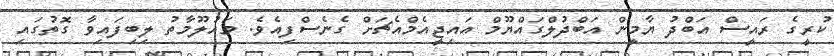
ކުރީގެ ރައީސް އަބްދު ޔާމީން އަބްދުލްގައްޔޫމް އައިޖީއެމްއެޗަށް ގެނެސްފިއެވެ. މައުލޫމާތު ލިބިފައިވާ ގޮތުގައި